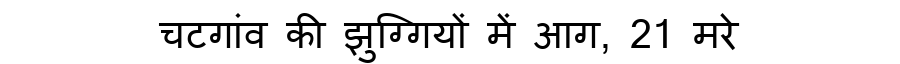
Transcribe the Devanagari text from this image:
चटगांव की झुग्गियों में आग, 21 मरे